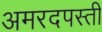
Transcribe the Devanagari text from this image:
अमरदपस्ती